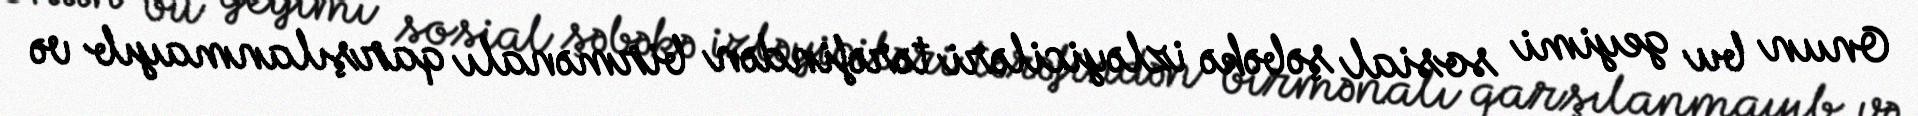
Onun bu geyimi sosial şəbəkə izləyiciləri tərəfindən birmənalı qarşılanmayıb və